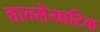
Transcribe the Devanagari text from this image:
हान्सेयाटिक